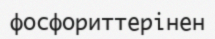
фосфориттерінен